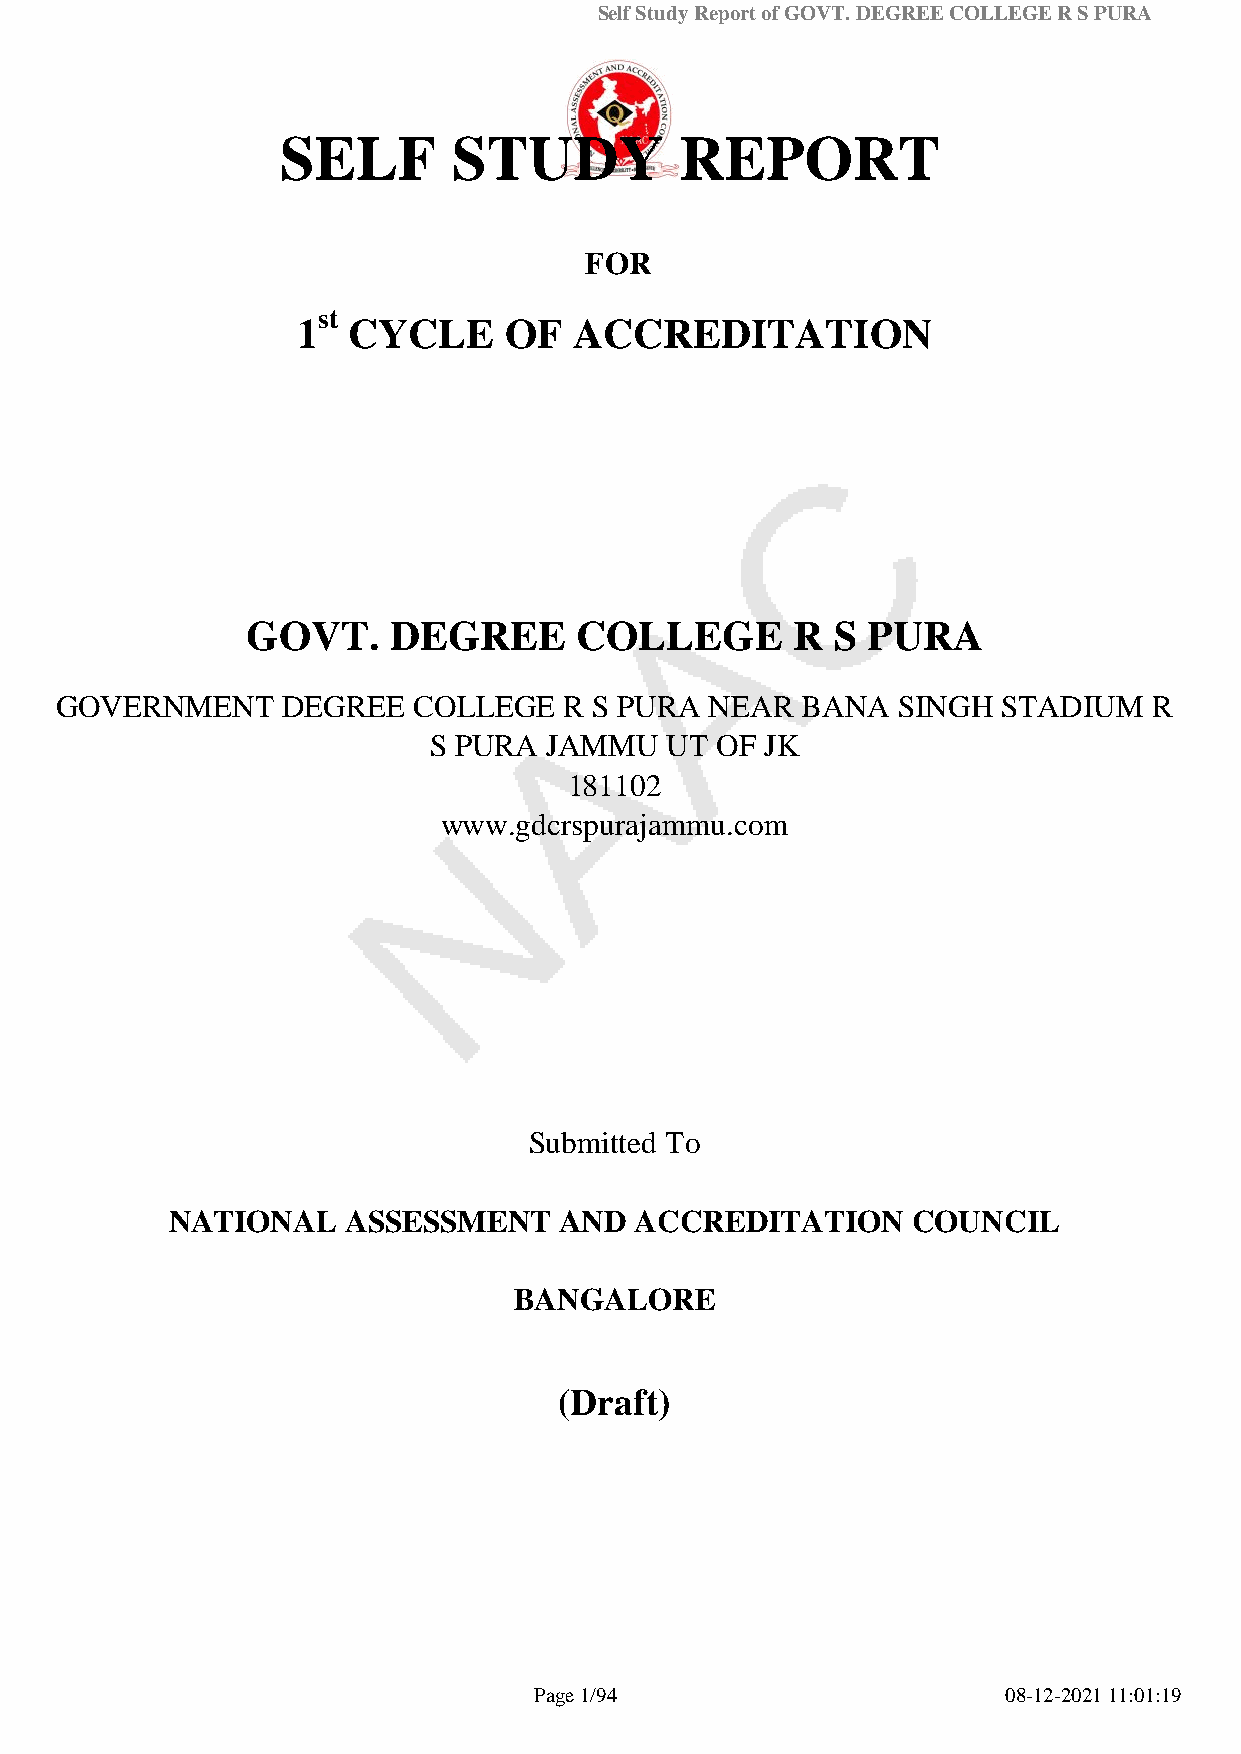
Self Study Report of GOVT. DEGREE COLLEGE R S PURA
 SELF       STUDY          REPORT
 FOR
 st
 1  CYCLE     OF   ACCREDITATION
 GOVT.     DEGREE      COLLEGE       R  S PURA
 GOVERNMENT     DEGREE  COLLEGE   R S PURA  NEAR  BANA  SINGH  STADIUM   R
 S PURA  JAMMU   UT OF  JK
 181102
 www.gdcrspurajammu.com
 Submitted To
 NATIONAL    ASSESSMENT    AND  ACCREDITATION     COUNCIL
 BANGALORE
 (Draft)
 Page 1/94                       08-12-2021 11:01:19